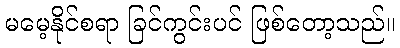
မမေ့နိုင်စရာ ခြင်ကွင်းပင် ဖြစ်တော့သည်။